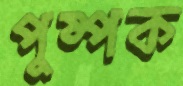
পুষ্পক